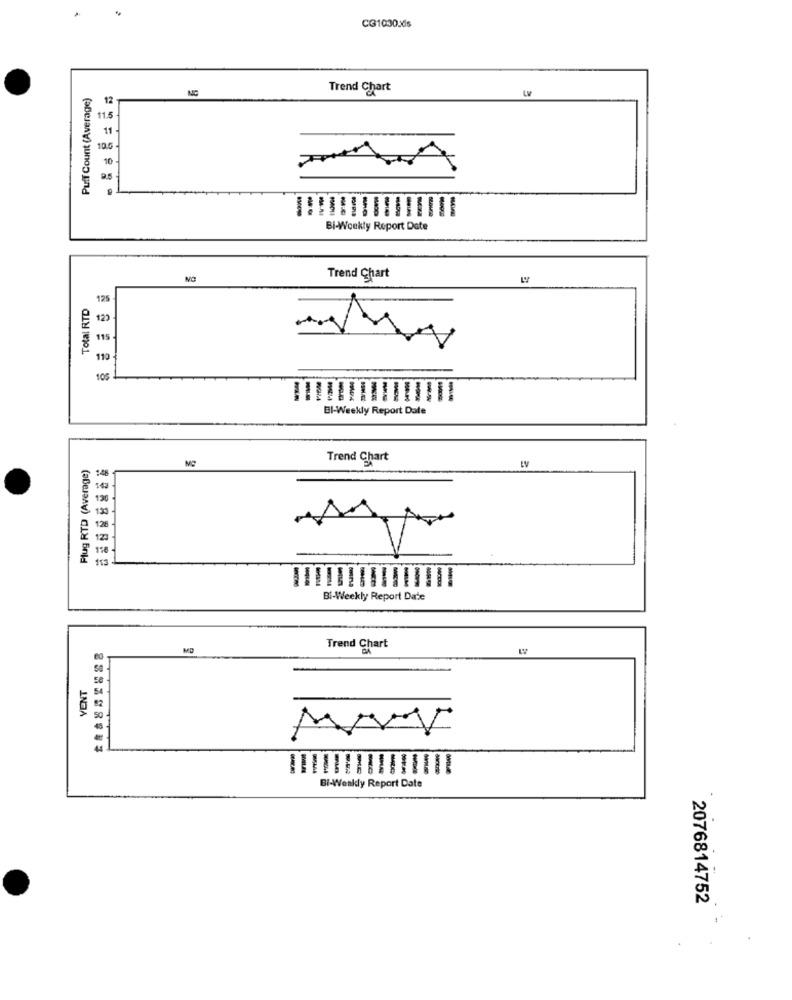
CG1030Xs
Puff Count (Average)
NC
Trend Chart
LV
12
11.5
11
10.5
10
Bi-Weekly Report Date
Trend Chart
Total RTD
125
129
110 -
105
El-Weekly Report Date
Plug RTD (Average)
Trend Chart
130
126
153
Bi-Weekly Report Date
MD
Trend Chart
VENT
Bi-Weekly Report Date
2076814752